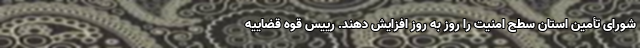
شورای تأمین استان سطح امنیت را روز به روز افزایش دهند. رییس قوه قضاییه